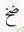
ضخ